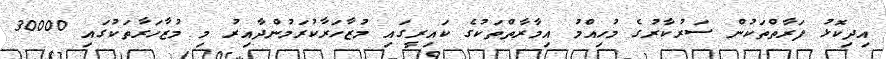
އިދިކޮޅު ފަރާތްތަކުން ސަރުކާރުގެ މުހިއްމު އިމާރާތްތަކުގެ ކައިރީގައި މުޒާހަރާކުރަމުންދާއިރު މި މުޒާހަރާތަކުގައި 30000